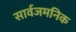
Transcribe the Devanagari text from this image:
सार्वजमनिक